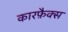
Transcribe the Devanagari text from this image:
कारफ़ैक्स